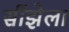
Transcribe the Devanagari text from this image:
सींझेला